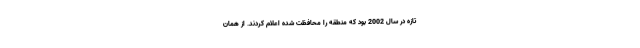
تازه در سال 2002 بود که منطقه را محافظت شده اعلام کردند. از همان